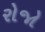
રોજો